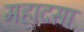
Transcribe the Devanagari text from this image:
महादसा